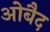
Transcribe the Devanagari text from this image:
ओबैद